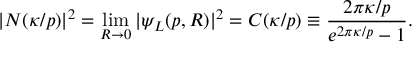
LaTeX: | { \cal N } ( \kappa / p ) | ^ { 2 } = \operatorname * { l i m } _ { R \rightarrow 0 } | \psi _ { L } ( p , R ) | ^ { 2 } = { \cal C } ( \kappa / p ) \equiv \frac { 2 \pi \kappa / p } { e ^ { 2 \pi \kappa / p } - 1 } .